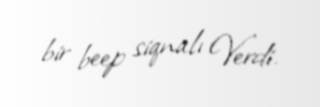
bir beep siqnalı Verdi.